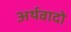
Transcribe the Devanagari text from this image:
अर्थवादो